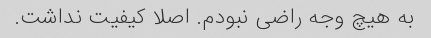
به هیچ وجه راضی نبودم. اصلا کیفیت نداشت.